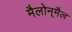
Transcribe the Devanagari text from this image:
मैलोन्‌मैल